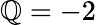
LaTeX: \mathbb{Q}=-2